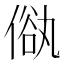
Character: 𠌢